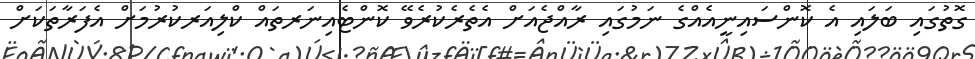
ގޮތުގައި ބަލައި އެ ކޮންސައިނީއެއްގެ ނަމުގައި ރާއްޖެއަށް އެތެރެކުރެވޭ ކޮންޓެއިނަރތައް ކްލިއަރކުރުމަށް އެފަރާތަކަށް